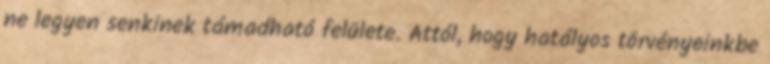
ne legyen senkinek támadható felülete. Attól, hogy hatályos törvényeinkbe